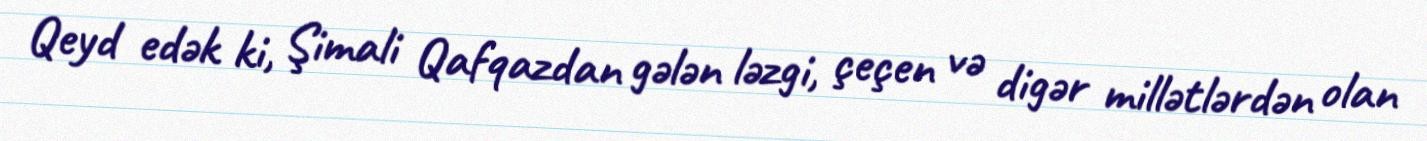
Qeyd edək ki, Şimali Qafqazdan gələn ləzgi, çeçen və digər millətlərdən olan